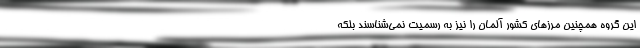
این گروه همچنین مرزهای کشور آلمان را نیز به رسمیت نمی‌شناسند بلکه